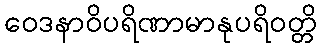
ဝေဒနာဝိပရိဏာမာနုပရိဝတ္တိ